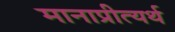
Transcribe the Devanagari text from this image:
मानाप्रीत्यर्थ